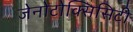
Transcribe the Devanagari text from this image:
जेनोटोक्सिसिटी